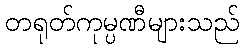
တရုတ်ကုမ္ပဏီများသည်